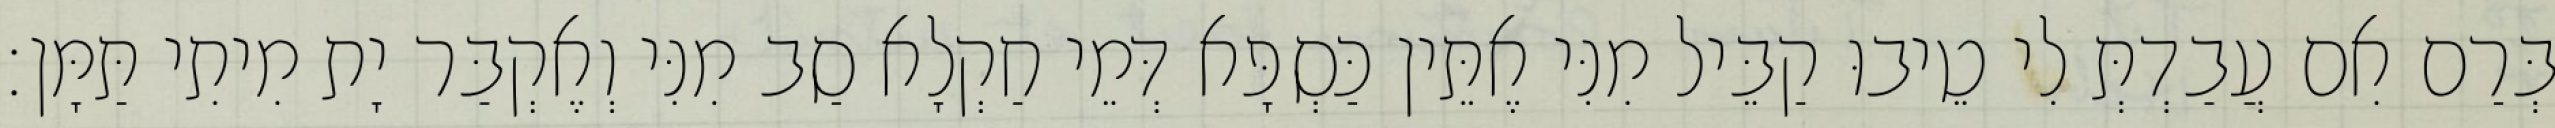
בְּרַם אִם עֲבַדְתְּ לִי טֵיבוּ קַבֵּיל מִנִּי אֶתֵּין כַּסְפָּא דְּמֵי חַקְלָא סַב מִנִּי וְאֶקְבַּר יָת מִיתִי תַּמָּן׃